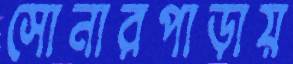
সোনারপাড়ায়